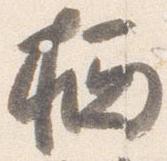
栖